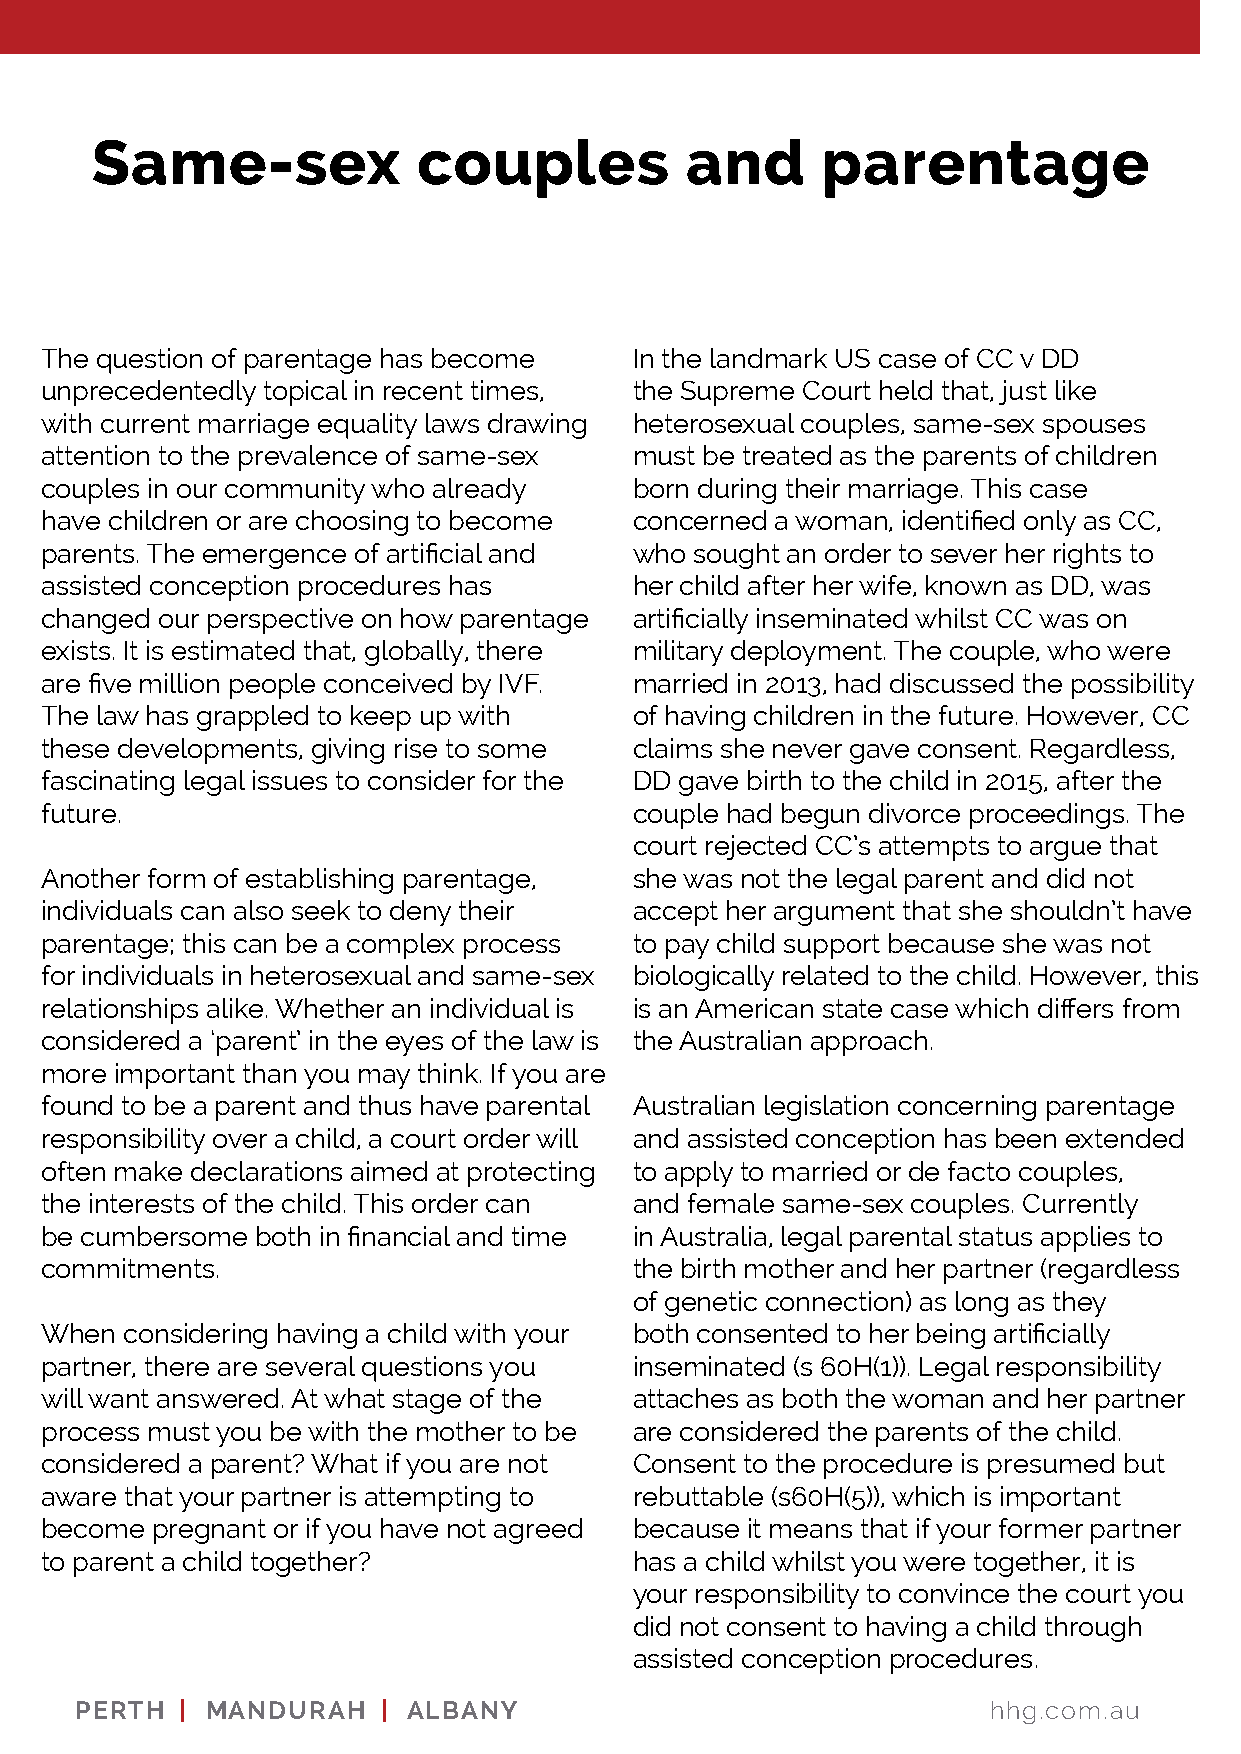
Same-sex              couples          and      parentage
 The question of parentage has become   In the landmark US case of CC v DD
 unprecedentedly topical in recent times, the Supreme Court held that, just like
 with current marriage equality laws drawing heterosexual couples, same-sex spouses
 attention to the prevalence of same-sex must be treated as the parents of children
 couples in our community who already   born during their marriage. This case
 have children or are choosing to become concerned a woman, identified only as CC,
 parents. The emergence of artificial and who sought an order to sever her rights to
 assisted conception procedures has     her child after her wife, known as DD, was
 changed our perspective on how parentage artificially inseminated whilst CC was on
 exists. It is estimated that, globally, there military deployment. The couple, who were
 are five million people conceived by IVF. married in 2013, had discussed the possibility
 The law has grappled to keep up with   of having children in the future. However, CC
 these developments, giving rise to some claims she never gave consent. Regardless,
 fascinating legal issues to consider for the DD gave birth to the child in 2015, after the
 future.                                couple had begun divorce proceedings. The
 court rejected CC’s attempts to argue that
 Another form of establishing parentage, she was not the legal parent and did not
 individuals can also seek to deny their accept her argument that she shouldn’t have
 parentage; this can be a complex process to pay child support because she was not
 for individuals in heterosexual and same-sex biologically related to the child. However, this
 relationships alike. Whether an individual is is an American state case which differs from
 considered a ‘parent’ in the eyes of the law is the Australian approach.
 more important than you may think. If you are
 found to be a parent and thus have parental Australian legislation concerning parentage
 responsibility over a child, a court order will and assisted conception has been extended
 often make declarations aimed at protecting to apply to married or de facto couples,
 the interests of the child. This order can and female same-sex couples. Currently
 be cumbersome both in financial and time in Australia, legal parental status applies to
 commitments.                           the birth mother and her partner (regardless
 of genetic connection) as long as they
 When considering having a child with your both consented to her being artificially
 partner, there are several questions you inseminated (s 60H(1)). Legal responsibility
 will want answered. At what stage of the attaches as both the woman and her partner
 process must you be with the mother to be are considered the parents of the child.
 considered a parent? What if you are not Consent to the procedure is presumed but
 aware that your partner is attempting to rebuttable (s60H(5)), which is important
 become pregnant or if you have not agreed because it means that if your former partner
 to parent a child together?            has a child whilst you were together, it is
 your responsibility to convince the court you
 did not consent to having a child through
 assisted conception procedures.
 PERTH  | MANDURAH   | ALBANY                                hhg.com.au